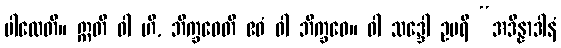
ပါလေတိ။ ဣတိ ဝါ ဟိ, ဘိက္ခဝေတိ ဧဝံ ဝါ ဘိက္ခဝေ။ ဝါ သဒ္ဒေါ ဥပရိ “အဒိန္နာဒါနံ